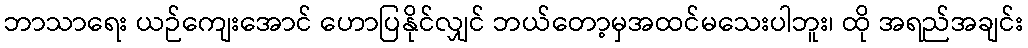
ဘာသာရေး ယဉ်ကျေးအောင် ဟောပြနိုင်လျှင် ဘယ်တော့မှအထင်မသေးပါဘူး၊ ထို အရည်အချင်း